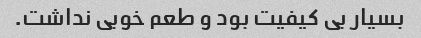
بسیار بی کیفیت بود و طعم خوبی نداشت.